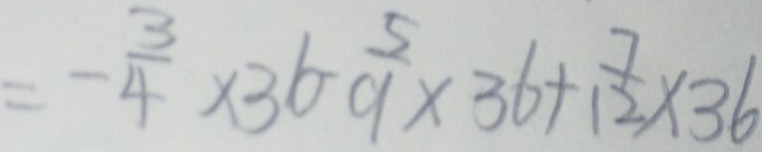
= - \frac { 3 } { 4 } \times 3 6 - \frac { 5 } { 9 } \times 3 6 + \frac { 7 } { 1 2 } \times 3 6